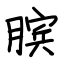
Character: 膑